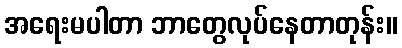
အရေးမပါတာ ဘာတွေလုပ်နေတာတုန်း။